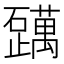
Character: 𬒪